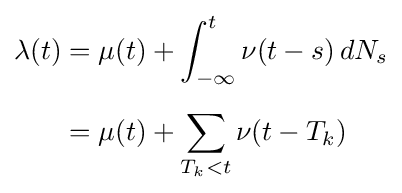
{\begin{aligned}\lambda (t)&=\mu (t)+\int _{-\infty }^{t}\nu (t-s)\,dN_{s}\\[5pt]&=\mu (t)+\sum _{T_{k}<t}\nu (t-T_{k})\end{aligned}}